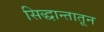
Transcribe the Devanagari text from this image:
सिद्धान्तातून